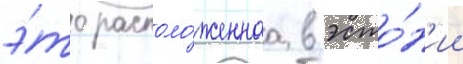
э́то располо́женнаа в эсто́н'ии